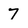
Character: 7